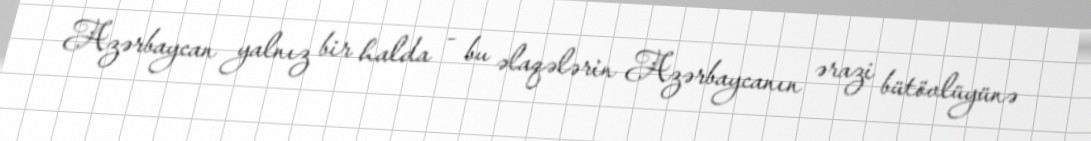
Azərbaycan yalnız bir halda - bu əlaqələrin Azərbaycanın ərazi bütövlüyünə